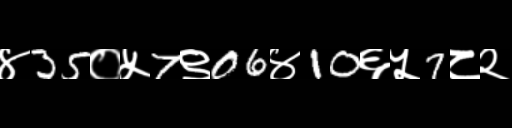
Text: ४35०५7९06४10६५7८२